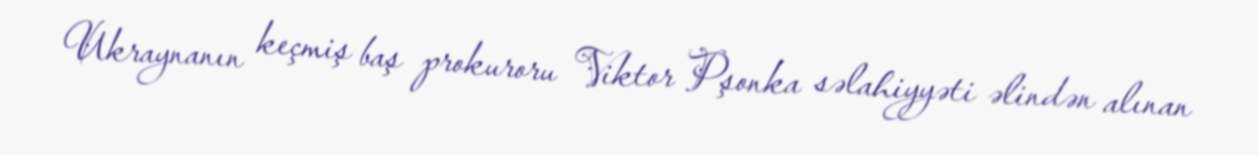
Ukraynanın keçmiş baş prokuroru Viktor Pşonka səlahiyyəti əlindən alınan